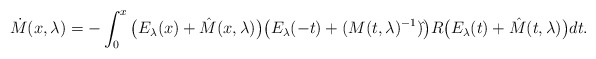
\begin{align*}\dot M(x,\lambda)=-\int_0^x \big(E_\lambda(x)+ \hat M(x,\lambda) \big)\big(E_\lambda(-t)+ (M(t,\lambda)^{-1})\hat{ } \big) R\big(E_\lambda(t)+ \hat M(t,\lambda) \big)dt.\end{align*}